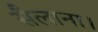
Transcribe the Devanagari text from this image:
सैलाना।